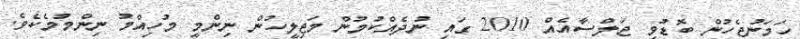
ހަމަނުޖެހުން ބޮޑުވި ޖަލްސާއެއް 2010 ގައި ނުދެއްކުމުން މަޖިލީހުން ނިންމީ މުހިއްމު ނިންމުމެކެވެ.